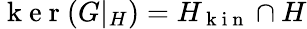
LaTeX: \mathrm{~k~e~r~}(G\vert_{H})=H_{\mathrm{~k~i~n~}}\cap H